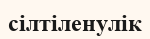
сілтіленулік